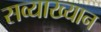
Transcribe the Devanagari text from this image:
सव्याख्यान